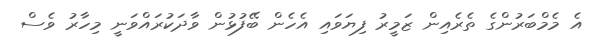
އެ މެމްބަރުންގެ ތެރެއިން ޒަމީރު ފިޔަވައި އެހެން ބޭފުޅުން ވާދަކުރައްވަނީ މިހާރު ވެސް